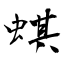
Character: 蜞